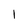
Character: 1